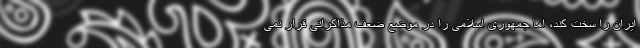
ایران را سخت کند، اما جمهوری اسلامی را در موضع ضعف مذاکراتی قرار نمی